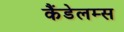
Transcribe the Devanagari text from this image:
कैंडेलम्स